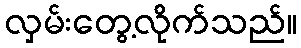
လှမ်းတွေ့လိုက်သည်။